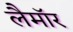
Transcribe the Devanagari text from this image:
लैमॉर